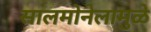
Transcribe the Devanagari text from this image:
सालमोनेलामुळे